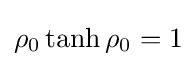
\rho _{0}\tanh \rho _{0}=1